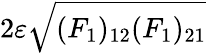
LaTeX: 2\varepsilon\sqrt{(F_{1})_{12}(F_{1})_{21}}